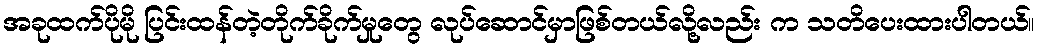
အခုထက်ပိုမို ပြင်းထန်တဲ့တိုက်ခိုက်မှုတွေ လုပ်ဆောင်မှာဖြစ်တယ်လို့လည်း က သတိပေးထားပါတယ်။